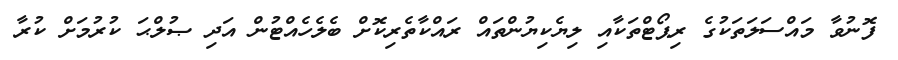
ފޮނުވާ މައްސަލަތަކުގެ ރިޕޯޓްތަކާއި ލިޔެކިޔުންތައް ރައްކާތެރިކޮށް ބެލެހެއްޓުން އަދި ޞުލްޙަ ކުރުމަށް ކުރާ